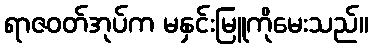
ရာဇဝတ်အုပ်က မနှင်းမြူကိုမေးသည်။